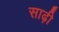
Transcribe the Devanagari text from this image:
साढ़ी